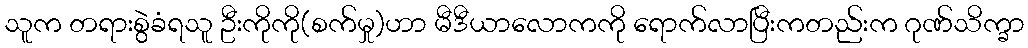
သူက တရားစွဲခံရသူ ဦးကိုကို(စက်မှု)ဟာ မီဒီယာလောကကို ရောက်လာပြီးကတည်းက ဂုဏ်သိက္ခာ